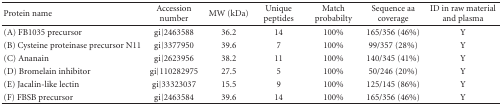
<table><thead><tr><td><b>Protein name</b></td><td><b>Accession number</b></td><td><b>MW (kDa)</b></td><td><b>Unique peptides</b></td><td><b>Match probabilty</b></td><td><b>Sequence aa coverage</b></td><td><b>ID in raw material and plasma</b></td></tr></thead><tbody><tr><td>(A) FB1035 precursor</td><td>gi∣2463588</td><td>36.2</td><td>14</td><td>100%</td><td>165/356 (46%)</td><td>Y</td></tr><tr><td>(B) Cysteine proteinase precursor N11</td><td>gi∣3377950</td><td>39.6</td><td>7</td><td>100%</td><td>99/357 (28%)</td><td>Y</td></tr><tr><td>(C) Ananain</td><td>gi∣2623956</td><td>38.2</td><td>11</td><td>100%</td><td>140/345 (41%)</td><td>Y</td></tr><tr><td>(D) Bromelain inhibitor</td><td>gi∣110282975</td><td>27.5</td><td>5</td><td>100%</td><td>50/246 (20%)</td><td>Y</td></tr><tr><td>(E) Jacalin-like lectin</td><td>gi∣33323037</td><td>15.5</td><td>9</td><td>100%</td><td>125/145 (86%)</td><td>Y</td></tr><tr><td>(F) FBSB precursor</td><td>gi∣2463584</td><td>39.6</td><td>14</td><td>100%</td><td>165/356 (46%)</td><td>Y</td></tr></tbody></table>